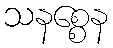
သနစ္စေန